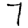
Digit: 7